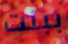
ببنت